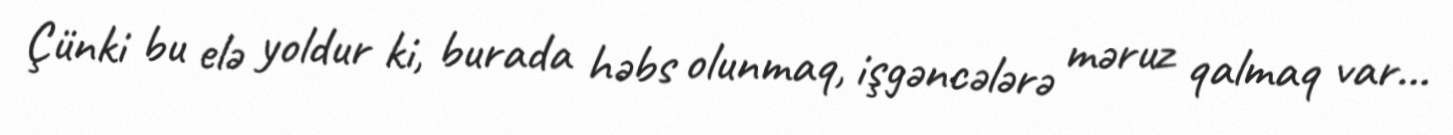
Çünki bu elə yoldur ki, burada həbs olunmaq, işgəncələrə məruz qalmaq var...